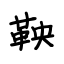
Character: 鞅